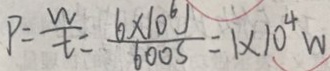
P = \frac { W } { t } = \frac { 6 \times 1 0 ^ { 6 } J } { 6 0 0 s } = 1 \times 1 0 ^ { 4 } W